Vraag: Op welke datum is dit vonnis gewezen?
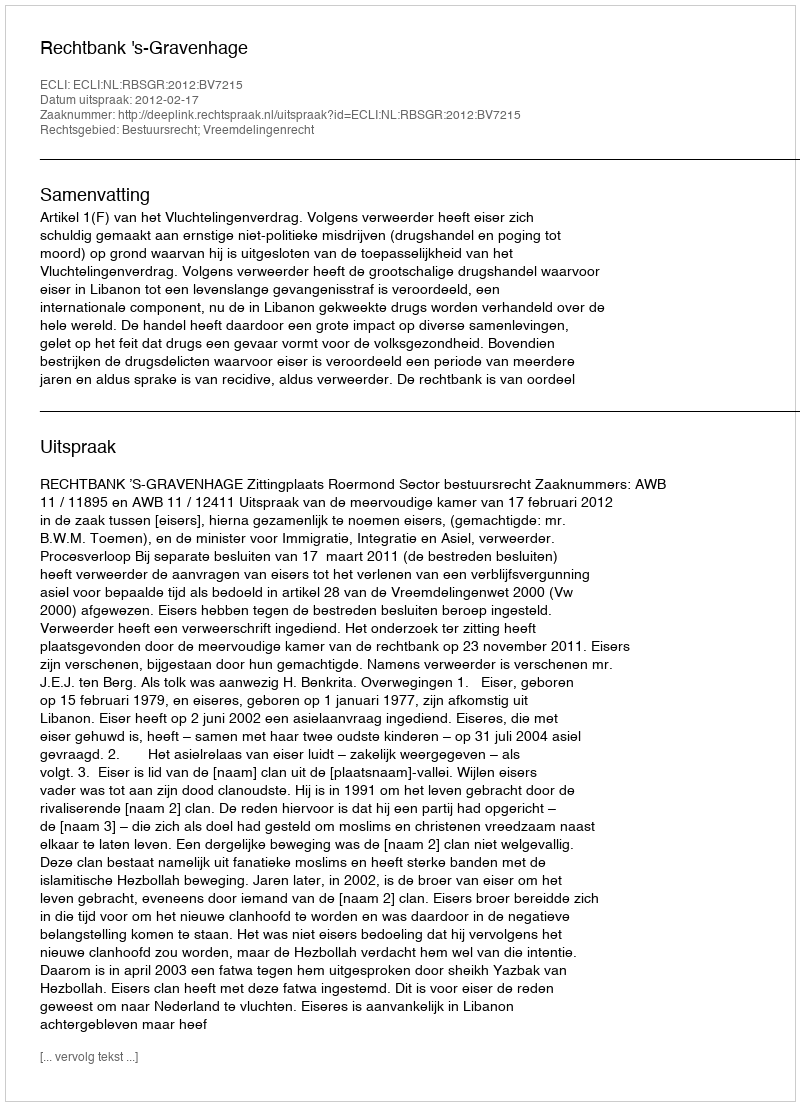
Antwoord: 2012-02-17